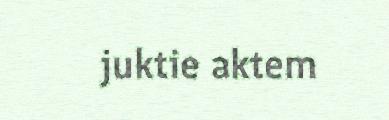
juktie aktem